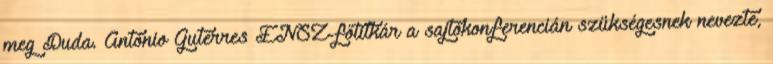
meg Duda. António Guterres ENSZ-főtitkár a sajtókonferencián szükségesnek nevezte,